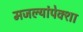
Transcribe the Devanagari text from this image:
मजल्यांपेक्शा